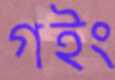
গইং